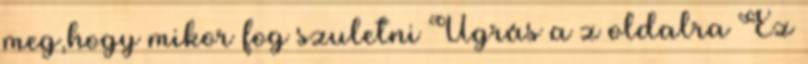
meg,hogy mikor fog szuletni Ugrás a z oldalra Ez